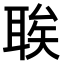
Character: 𫆆